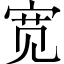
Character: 宽